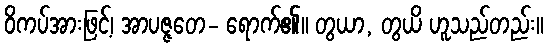
ဝိကပ်အားဖြင့်၊ အာပဇ္ဇတေ- ရောက်၏။ တွယာ, တွယိ ဟူသည်တည်း။